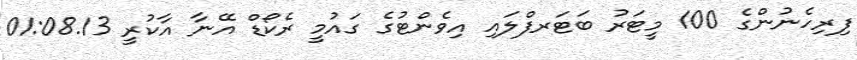
ފިރިހެނުންގެ 100 މީޓަރު ބަޓަރފްލައި އިވެންޓުގެ ގައުމީ ރެކޯޑް އޭނާ އާކުރީ 01:08.13